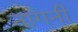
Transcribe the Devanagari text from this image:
नागनी